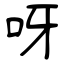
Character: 呀